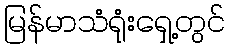
မြန်မာသံရုံးရှေ့တွင်